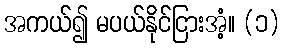
အကယ်၍ မပယ်နိုင်ငြားအံ့။ (၁)